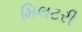
મિલટરી